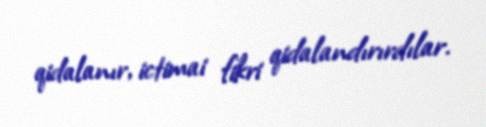
qidalanır, ictimai fikri qidalandırırdılar.